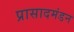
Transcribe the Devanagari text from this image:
प्रासादमंडन